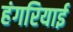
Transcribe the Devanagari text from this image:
हंगरियाई